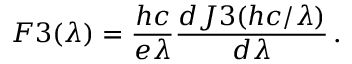
F 3 ( \lambda ) = \frac { h c } { e \lambda } \frac { d J 3 ( h c / \lambda ) } { d \lambda } \, .